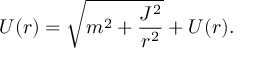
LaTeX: { \cal U } ( r ) = \sqrt { m ^ { 2 } + \frac { J ^ { 2 } } { r ^ { 2 } } } + U ( r ) .